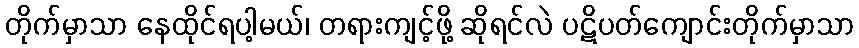
တိုက်မှာသာ နေထိုင်ရပါ့မယ်၊ တရားကျင့်ဖို့ ဆိုရင်လဲ ပဋိပတ်ကျောင်းတိုက်မှာသာ